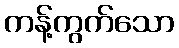
ကန့်ကွက်သော